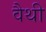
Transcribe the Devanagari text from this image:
वैथी